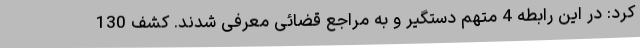
کرد: در این رابطه 4 متهم دستگیر و به مراجع قضائی معرفی شدند. کشف 130